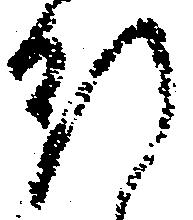
行